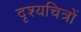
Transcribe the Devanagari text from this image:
दृश्यचित्रों